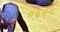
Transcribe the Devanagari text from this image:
०६२०